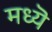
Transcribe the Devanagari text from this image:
मध्यॆ